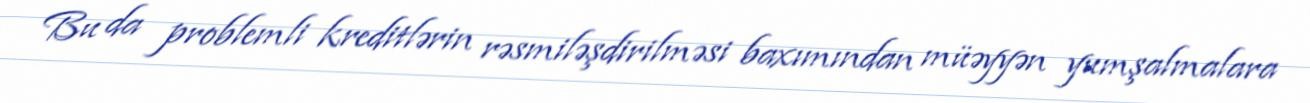
Bu da problemli kreditlərin rəsmiləşdirilməsi baxımından müəyyən yumşalmalara